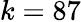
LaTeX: k=87